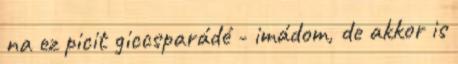
na ez picit giccsparádé - imádom, de akkor is